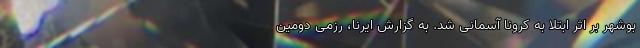
بوشهر بر اثر ابتلا به کرونا آسمانی شد. به گزارش ایرنا، رزمی دومین